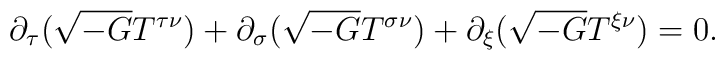
\partial_{\tau}(\sqrt{-G}T^{\tau\nu}) +\partial_{\sigma}(\sqrt{-G}T^{\sigma\nu}) + \partial_{\xi}(\sqrt{-G}T^{\xi\nu}) =0.